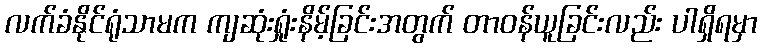
လက်ခံနိုင်ရုံသာမက ကျဆုံးရှုံးနိမ့်ခြင်းအတွက် တာဝန်ယူခြင်းလည်း ပါရှိရမှာ